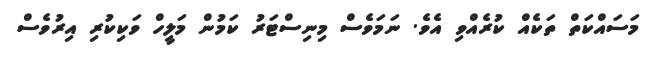
މަސައްކަތް ތަކެއް ކުރެއްވި އެވެ. ނަމަވެސް މިނިސްޓަރު ކަމުން މަލީހް ވަކިކުރި އިރުވެސް